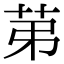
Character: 苐